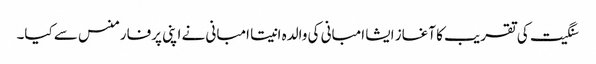
سنگیت کی تقریب کا آغاز ایشا امبانی کی والدہ انیتا امبانی نے اپنی پرفارمنس سے کیا۔